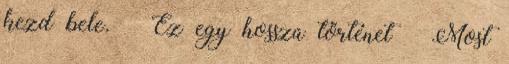
kezd bele. – Ez egy hosszú történet – Most